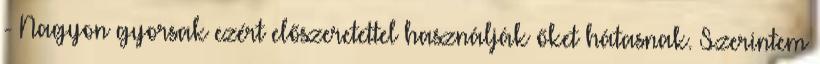
- Nagyon gyorsak ezért előszeretettel használják őket hátasnak. Szerintem